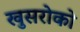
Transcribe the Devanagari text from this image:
खुसरोको